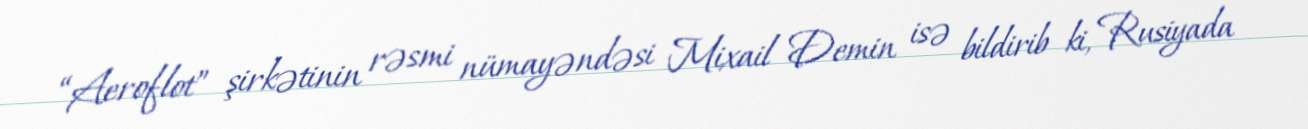
“Aeroflot” şirkətinin rəsmi nümayəndəsi Mixail Demin isə bildirib ki, Rusiyada